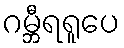
ဂမ္ဘီရရူပေ